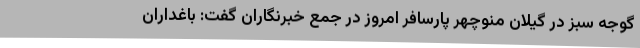
گوجه سبز در گیلان منوچهر پارسافر امروز در جمع خبرنگاران گفت: باغداران